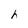
Character: h